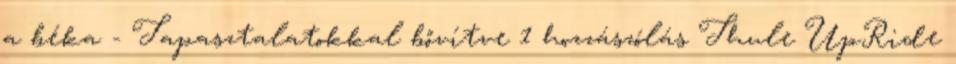
a béka - Tapasztalatokkal bővítve 1 hozzászólás Thule UpRide